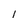
Character: l